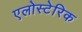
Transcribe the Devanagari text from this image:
एलोस्टेरिक